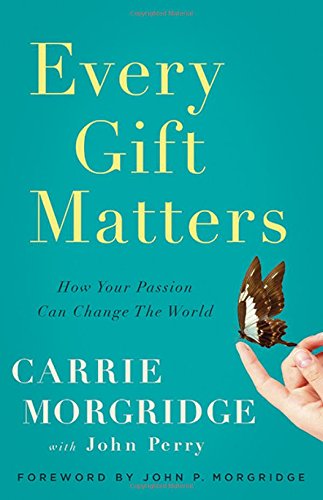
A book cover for Every Gift Matters: How Your Passion Can Change the World; Carrie Morgridge; Politics & Social Sciences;